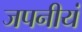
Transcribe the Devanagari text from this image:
जपनीयं